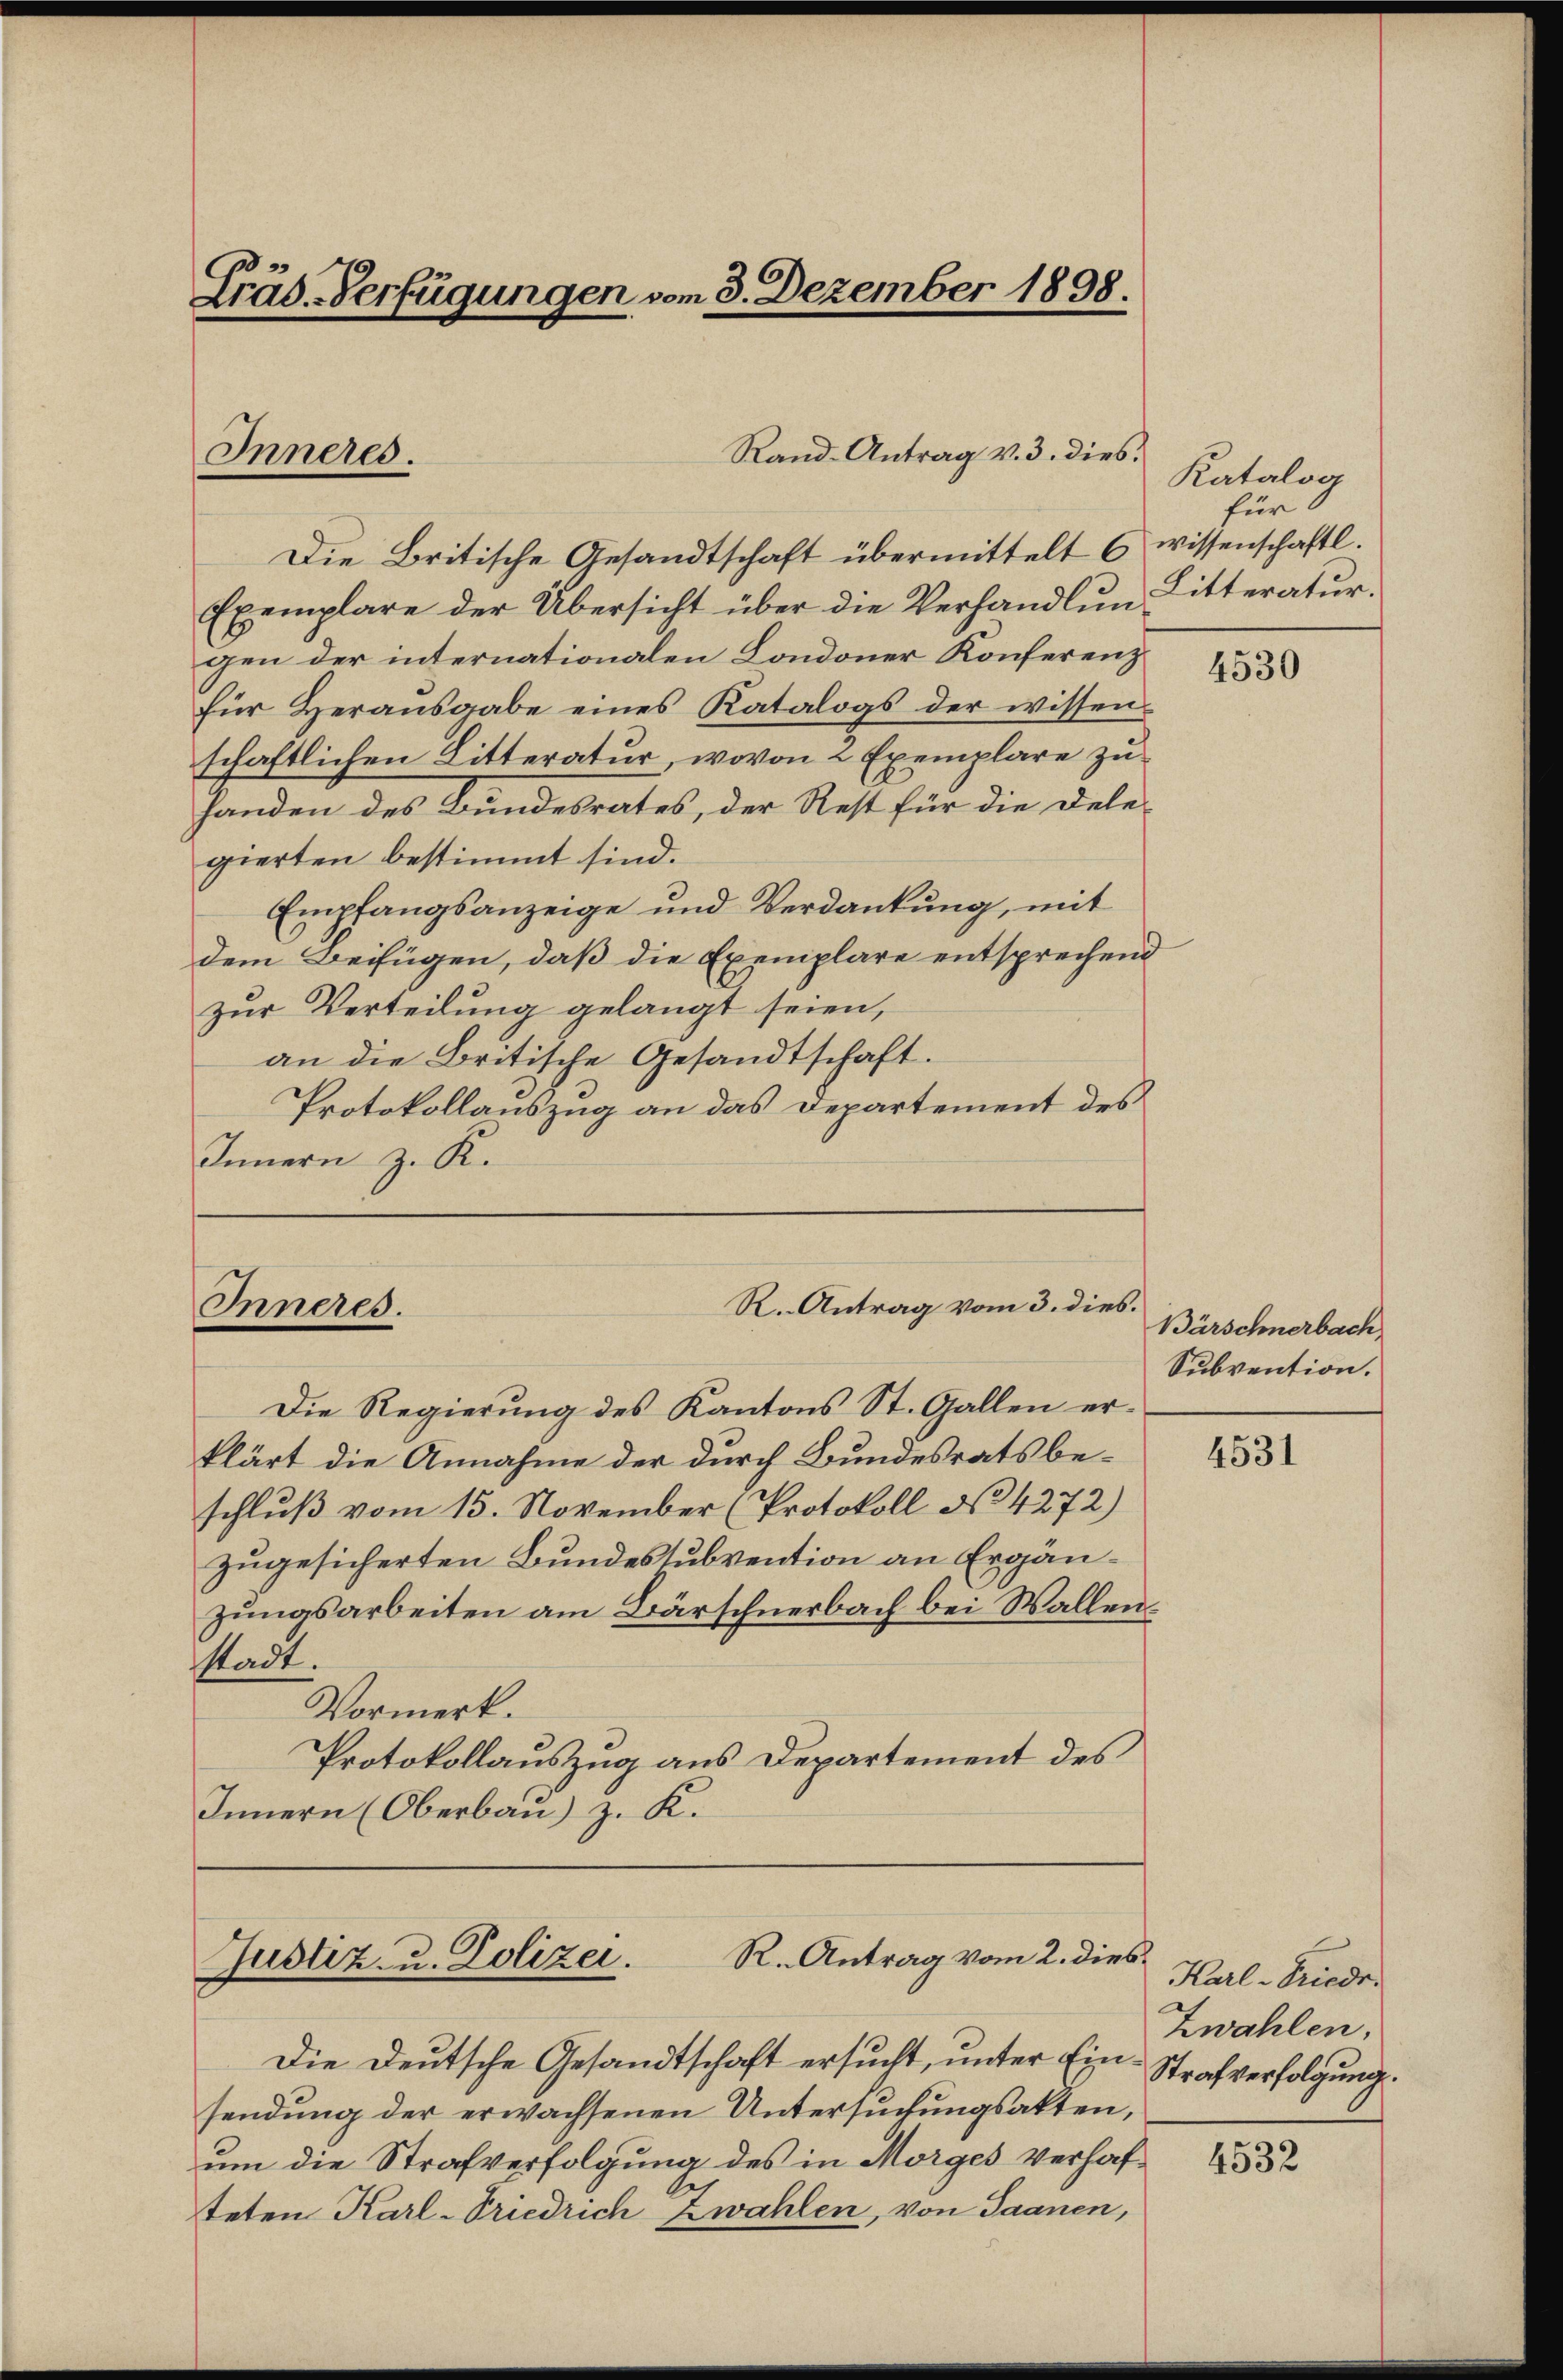
Präs. Verfügungen vom 3. Dezember 1898.

Inneres.

Rand-Antrag v. 3. dies

Die Britische Gesandtschaft übermittelt 6 wissenschaftl.
Exemplare der Übersicht über die Verhandlungen der internationalen Londoner Konferenz
für Herausgabe eines Katalogs der wissen
schaftlichen Litteratur, wovon 2 Exemplare zu
handen des Bundesrates, der Rest für die Delegierten bestimmt sind.
Empfangsanzeige und Verdankung, mit
dem Beifügen, daß die Exemplare entsprechend
zur Verteilung gelangt seien,
an die Britische Gesandtschaft.
Protokollauszug an das Departement des
Innern z. K.

R. Antrag vom 3. dies.
Inneres.

Die Regierung des Kantons St. Gallen erklärt die Annahme der durch Bundesrats beschluß vom 15. November (Protokoll No 4272)
zugesicherten Bundessubvention an Ergänzungsarbeiten am Bärschnerbach bei Wallenstadt.
Vormerk.
Protokollauszug aus Departement des
Innern (Oberbau) z. K.

R. Antrag vom 2. dies
Justiz- u. Polizei.

Die Deutsche Gesandtschaft ersucht, unter Ein-Strafverfolgung.
sendung der erwachsenen Untersuchungsakten,
um die Strafverfolgung des in Morges Verhafteten Karl-Triedrich Zwahlen, von Saanen,

Katalog
für:
Litteratur.

4530

Bärschnerbach
Subvention.

4531

Karl-Friede
Zwahlen,

4532